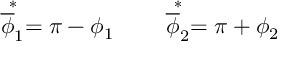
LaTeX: \stackrel { * } { \overline { { \phi } } _ { 1 } } = \pi - \phi _ { 1 } \qquad \stackrel { * } { \overline { { \phi } } _ { 2 } } = \pi + \phi _ { 2 }